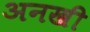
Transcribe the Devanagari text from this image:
अनखी